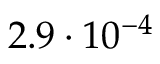
2 . 9 \cdot 1 0 ^ { - 4 }